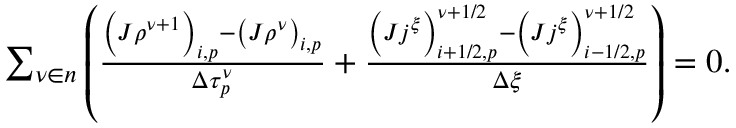
\begin{array} { r } { \sum _ { \nu \in n } \left( \frac { \left( J \rho ^ { \nu + 1 } \right) _ { i , p } - \left( J \rho ^ { \nu } \right) _ { i , p } } { \Delta \tau _ { p } ^ { \nu } } + \frac { \left( J j ^ { \xi } \right) _ { i + 1 / 2 , p } ^ { \nu + 1 / 2 } - \left( J j ^ { \xi } \right) _ { i - 1 / 2 , p } ^ { \nu + 1 / 2 } } { \Delta \xi } \right) = 0 . } \end{array}